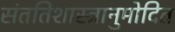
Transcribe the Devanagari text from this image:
संततिशास्त्रानुमोदित